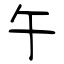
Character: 午